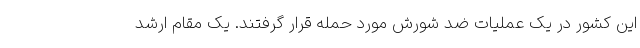
این کشور در یک عملیات ضد شورش مورد حمله قرار گرفتند. یک مقام ارشد